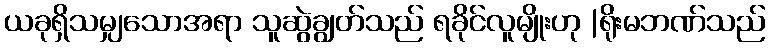
ယခုရှိသမျှသောအရာ သူဆွဲချွတ်သည် ရခိုင်လူမျိုးဟု |ရိုးမဘဏ်သည်